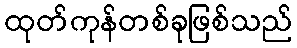
ထုတ်ကုန်တစ်ခုဖြစ်သည်